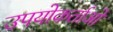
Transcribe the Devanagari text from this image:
उपयोकर्ताओं